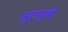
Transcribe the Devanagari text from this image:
तुटपुजी